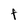
Character: t